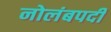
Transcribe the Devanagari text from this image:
नोलंबपदी